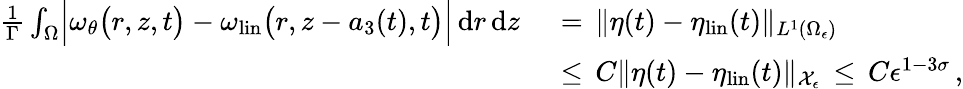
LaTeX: \begin{array}{rl}{\frac{1}{\Gamma}\int_{\Omega}\Bigl|\omega_{\theta}\bigl(r,z,t\bigr)-\omega_{\mathrm{lin}}\bigl(r,z-a_{3}(t),t\bigr)\Bigr|\, \mathrm{d}r\, \mathrm{d}z\, }&{{}=\, \| \eta(t)-\eta_{\mathrm{lin}}(t)\| _{L^{1}(\Omega_{\epsilon})}}\\ {\, }&{{}\le\, C\| \eta(t)-\eta_{\mathrm{lin}}(t)\| _{\mathcal{X}_{\epsilon}}\, \le\, C\epsilon^{1-3\sigma}\, ,}\end{array}